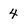
Character: 4